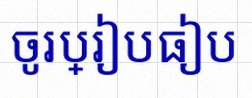
ចូរប្រៀបធៀប